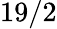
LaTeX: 19/2